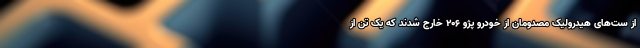
از ست‌های هیدرولیک مصدومان از خودرو پژو ۲۰۶ خارج شدند که یک تن از